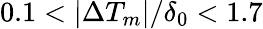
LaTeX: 0.1<|\Delta T_{m}|/\delta_{0}<1.7